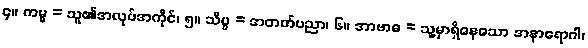
၄။ ကမ္မ = သူ၏အလုပ်အကိုင်၊ ၅။ သိပ္ပ = အတတ်ပညာ၊ ၆။ အာဗာဓ = သူ့မှာရှိနေသော အနာရောဂါ၊